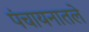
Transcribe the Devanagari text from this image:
पंचायनातले